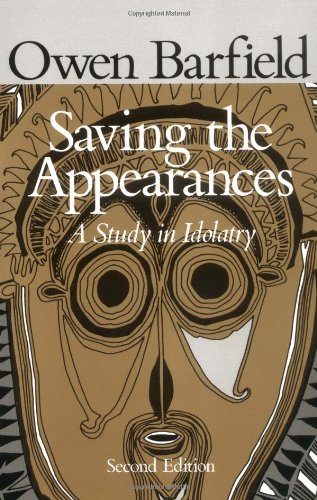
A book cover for Saving the Appearances: A Study in Idolatry; Owen Barfield; Religion & Spirituality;